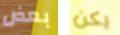
بعض يكن